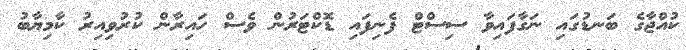
ކުއްޖާގެ ބަނޑުގައި ނަގާފައިވާ ސިސްޓް ފެނިފައި ޑޮކްޓަރުން ވެސް ހައިރާން ކުރުވިއިރު ކާމިޔާބު